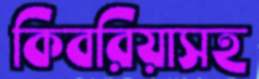
কিবরিয়াসহ